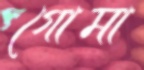
গোমা